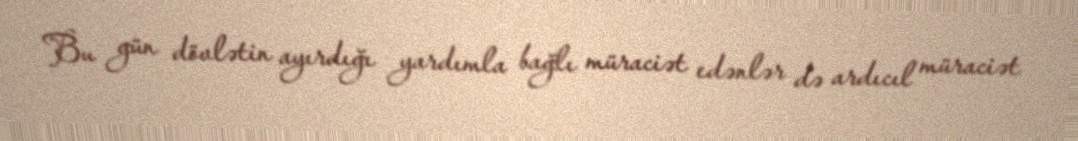
Bu gün dövlətin ayırdığı yardımla bağlı müraciət edənlər də ardıcıl müraciət